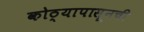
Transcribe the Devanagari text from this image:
कोठ्यापासूनची